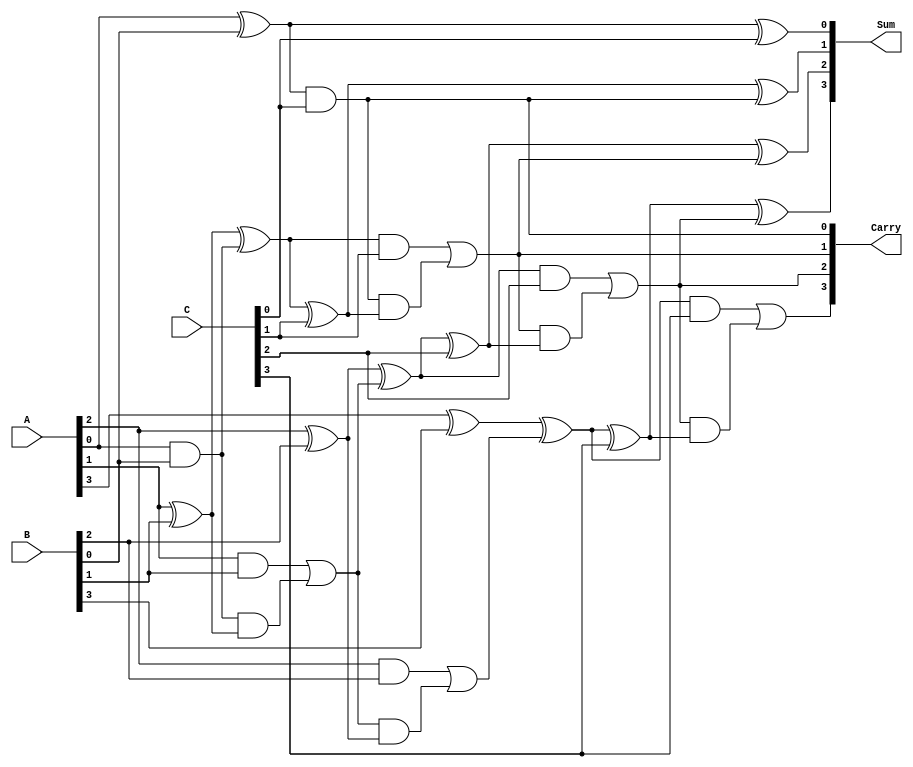
module CarrySaveAdder #(parameter N = 4) (
    input [N-1:0] A,
    input [N-1:0] B,
    input [N-1:0] C,
    output [N-1:0] Sum,
    output [N-1:0] Carry
);

    // Intermediate sums and carries
    wire [N-1:0] sum_ab, carry_ab;
    wire [N-1:0] sum_abc, carry_abc;

    // Full adder for A and B
    genvar i;
    generate
        for (i = 0; i < N; i = i + 1) begin : full_adder_ab
            wire a_bit = A[i];
            wire b_bit = B[i];
            wire carry_in = (i == 0) ? 1'b0 : carry_ab[i-1];

            assign sum_ab[i] = a_bit ^ b_bit ^ carry_in;
            assign carry_ab[i] = (a_bit & b_bit) | (carry_in & (a_bit ^ b_bit));
        end
    endgenerate

    // Full adder for sum_ab and C
    generate
        for (i = 0; i < N; i = i + 1) begin : full_adder_abc
            wire c_bit = C[i];
            wire carry_in = (i == 0) ? 1'b0 : carry_abc[i-1];

            assign sum_abc[i] = sum_ab[i] ^ c_bit ^ carry_in;
            assign carry_abc[i] = (sum_ab[i] & c_bit) | (carry_in & (sum_ab[i] ^ c_bit));
        end
    endgenerate

    // Final output
    assign Sum = sum_abc;
    assign Carry = carry_abc;

endmodule